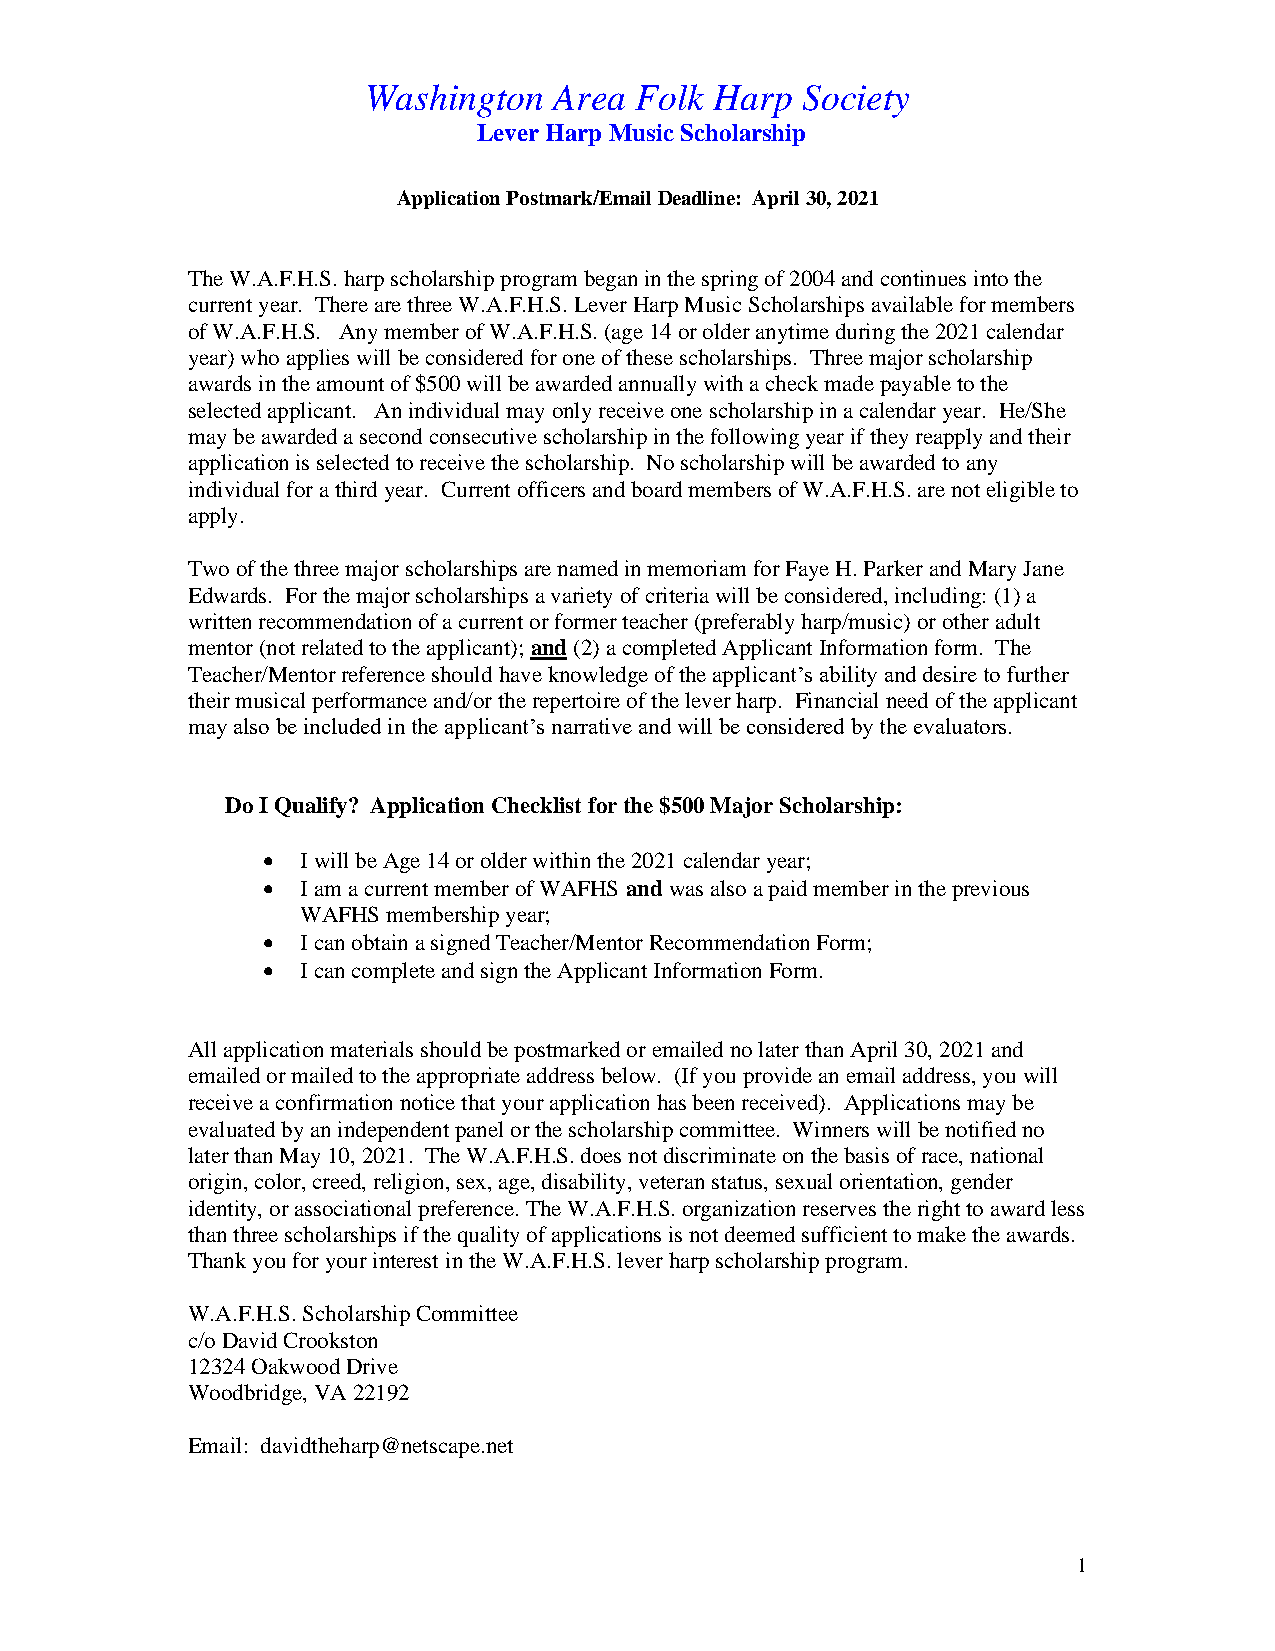
Washington   Area Folk Harp  Society
 Lever Harp Music Scholarship
 Application Postmark/Email Deadline: April 30, 2021
 The W.A.F.H.S. harp scholarship program began in the spring of 2004 and continues into the
 current year. There are three W.A.F.H.S. Lever Harp Music Scholarships available for members
 of W.A.F.H.S. Any member of W.A.F.H.S. (age 14 or older anytime during the 2021 calendar
 year) who applies will be considered for one of these scholarships. Three major scholarship
 awards in the amount of $500 will be awarded annually with a check made payable to the
 selected applicant. An individual may only receive one scholarship in a calendar year. He/She
 may be awarded a second consecutive scholarship in the following year if they reapply and their
 application is selected to receive the scholarship. No scholarship will be awarded to any
 individual for a third year. Current officers and board members of W.A.F.H.S. are not eligible to
 apply.
 Two of the three major scholarships are named in memoriam for Faye H. Parker and Mary Jane
 Edwards. For the major scholarships a variety of criteria will be considered, including: (1) a
 written recommendation of a current or former teacher (preferably harp/music) or other adult
 mentor (not related to the applicant); and (2) a completed Applicant Information form. The
 Teacher/Mentor reference should have knowledge of the applicant’s ability and desire to further
 their musical performance and/or the repertoire of the lever harp. Financial need of the applicant
 may also be included in the applicant’s narrative and will be considered by the evaluators.
 Do I Qualify? Application Checklist for the $500 Major Scholarship:
 •  I will be Age 14 or older within the 2021 calendar year;
 •  I am a current member of WAFHS and was also a paid member in the previous
 WAFHS membership year;
 •  I can obtain a signed Teacher/Mentor Recommendation Form;
 •  I can complete and sign the Applicant Information Form.
 All application materials should be postmarked or emailed no later than April 30, 2021 and
 emailed or mailed to the appropriate address below. (If you provide an email address, you will
 receive a confirmation notice that your application has been received). Applications may be
 evaluated by an independent panel or the scholarship committee. Winners will be notified no
 later than May 10, 2021. The W.A.F.H.S. does not discriminate on the basis of race, national
 origin, color, creed, religion, sex, age, disability, veteran status, sexual orientation, gender
 identity, or associational preference. The W.A.F.H.S. organization reserves the right to award less
 than three scholarships if the quality of applications is not deemed sufficient to make the awards.
 Thank you for your interest in the W.A.F.H.S. lever harp scholarship program.
 W.A.F.H.S. Scholarship Committee
 c/o David Crookston
 12324 Oakwood Drive
 Woodbridge, VA 22192
 Email: davidtheharp@netscape.net
 1